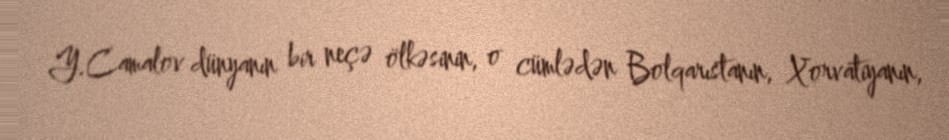
Y.Camalov dünyanın bir neçə ölkəsinin, o cümlədən Bolqarıstanın, Xorvatiyanın,